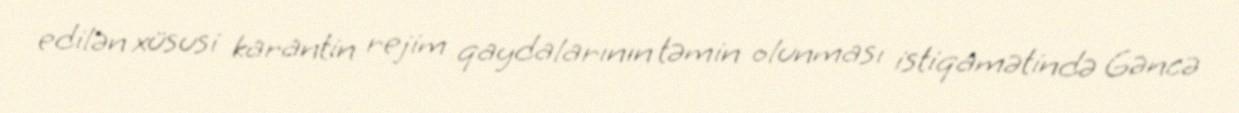
edilən xüsusi karantin rejim qaydalarının təmin olunması istiqamətində Gəncə